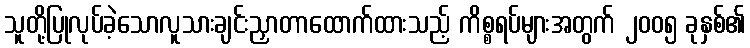
သူတို့ပြုလုပ်ခဲ့သောလူသားချင်းညှာတာထောက်ထားသည့် ကိစ္စရပ်များအတွက် ၂၀၀၅ ခုနှစ်၏